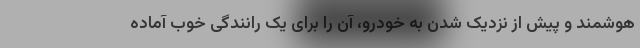
هوشمند و پیش از نزدیک شدن به خودرو، آن را برای یک رانندگی خوب آماده